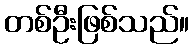
တစ်ဦးဖြစ်သည်။